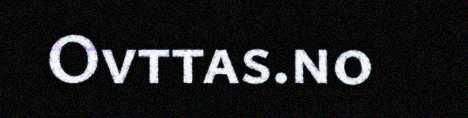
Ovttas.no